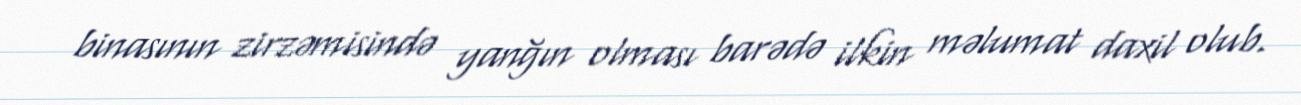
binasının zirzəmisində yanğın olması barədə ilkin məlumat daxil olub.